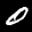
Label: 0